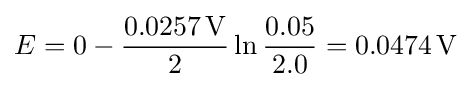
E=0-{\frac {0.0257\,\mathrm {V} }{2}}\ln {\frac {0.05}{2.0}}=0.0474\,\mathrm {V}